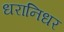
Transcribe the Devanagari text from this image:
धरानिधर